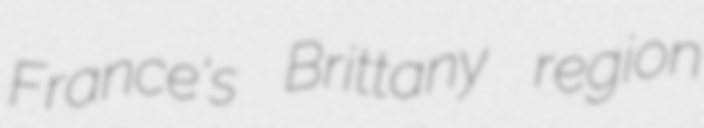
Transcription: France's Brittany region